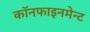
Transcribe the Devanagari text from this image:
कॉनफाइनमेन्ट